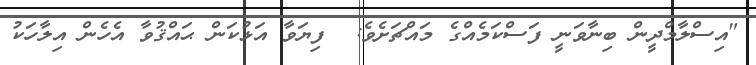
"އިސްލާމްދީން ބިނާވަނީ ފަސްކަމެއްގެ މައްޗަށެވެ:  ފިޔަވާ އަޅުކަން ޙައްޤުވާ އެހެން އިލާހަކު